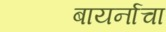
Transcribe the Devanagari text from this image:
बायर्नाचा